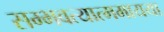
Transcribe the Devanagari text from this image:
सम्भवत्यात्ममायया